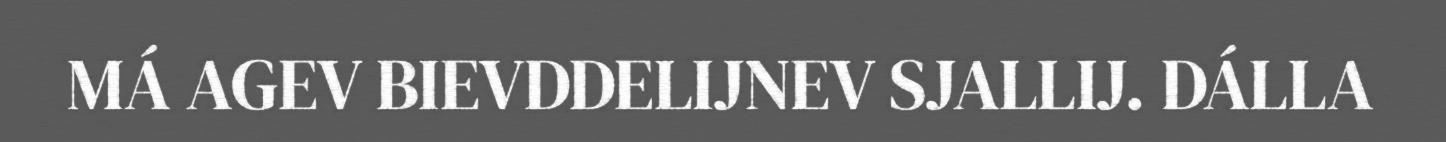
MÁ AGEV BIEVDDELIJNEV SJALLIJ. DÁLLA